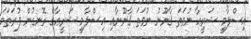
އިސްލާމީ ޝަރީޢާ ނުވަތަ ޤާނޫނު ނުވަތަ ޤާނޫނާއި އިސްލާމީ ޝަރީޢާގެ ރޮނގުން ފުރަތަމަ